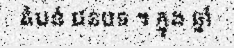
តំបន់ ជនបទ ។ ក្នុង ឆ្នាំ